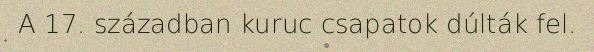
A 17. században kuruc csapatok dúlták fel.